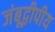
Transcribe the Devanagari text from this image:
जंबूद्वीपीय